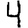
Digit: 4